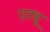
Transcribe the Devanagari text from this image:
एट्यू